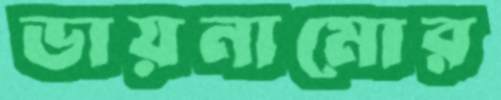
ডায়নামোর